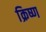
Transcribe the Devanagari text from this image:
क्रिष्ण